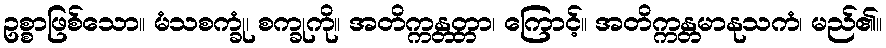
ဥစ္စာဖြစ်သော။ မံသစက္ခုံ၊ စက္ခုကို။ အတိက္ကန္တတ္တာ၊ ကြောင့်။ အတိက္ကန္တမာနုသကံ၊ မည်၏။